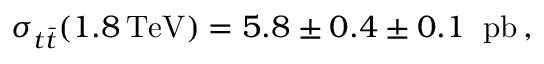
\sigma _ { t \bar { t } } ( 1 . 8 \, \mathrm { T e V } ) = 5 . 8 \pm 0 . 4 \pm 0 . 1 \; \; \mathrm { p b } \, ,